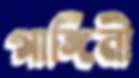
গাঙ্গিনী